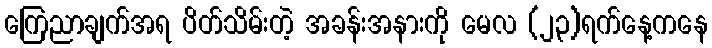
ကြေညာချက်အရ ပိတ်သိမ်းတဲ့ အခန်းအနားကို မေလ (၂၃)ရက်နေ့ကနေ